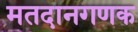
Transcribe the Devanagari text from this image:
मतदानगणक